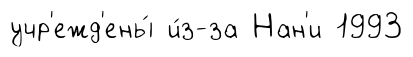
учр'ежд'ены́ и́з-за Нан'и 1993